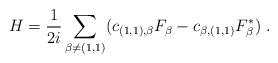
LaTeX: \begin{align*}H = \frac{1}{2 i} \sum_{\beta\neq(1,1)} (c_{(1,1),\beta} F_\beta - c_{\beta,(1,1)}F^*_{\beta})\ .\end{align*}